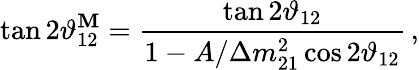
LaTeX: \tan2\vartheta_{12}^{\mathbf{M}}=\frac{{\tan2\vartheta_{12}}}{{1-A/\Delta{m}_{21}^{2}\cos{2\vartheta_{12}}}}\, ,